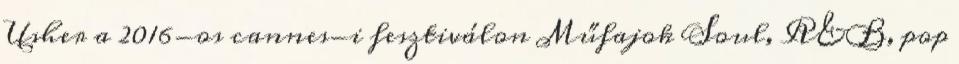
Usher a 2016-os cannes-i fesztiválon Műfajok Soul, R&B, pop